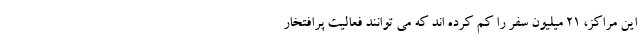
این مراکز، ۲۱ میلیون سفر را کم کرده اند که می توانند فعالیت پرافتخار